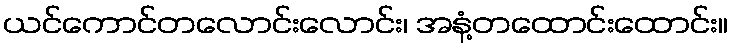
ယင်ကောင်တလောင်းလောင်း၊ အနံ့တထောင်းထောင်း။